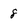
Character: 8